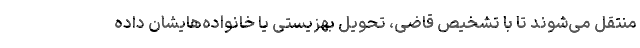
منتقل می‌شوند تا با تشخیص قاضی، تحویل بهزیستی یا خانواده‌هایشان داده